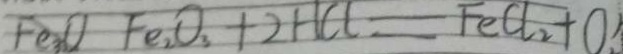
F e _ { 3 } O F e _ { 2 } O _ { 3 } + 2 H C l = F e C l _ { 2 } + O